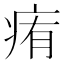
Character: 痏